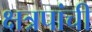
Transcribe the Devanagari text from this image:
क्षत्रपांची